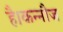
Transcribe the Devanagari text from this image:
है।कन्नौज